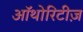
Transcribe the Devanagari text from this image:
ऑथोरिटीज़